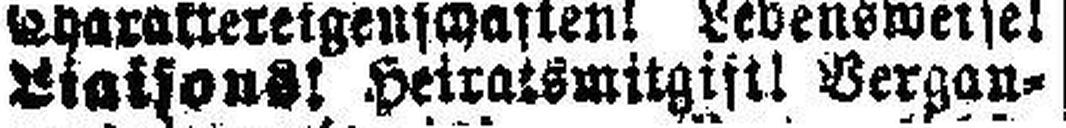
Liaisons! Heiratsmitgift! Vergan¬